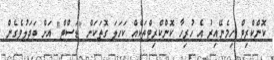
ކޮންކްރިޓް ހިމެނޭއިރު އެ ހުރިހާ ކޮންކްރިޓްތަކެއް ކަހަލަ ގޮތަކަށް "ޑަސްޓް" އަށް ބަދަލުވެެގެން